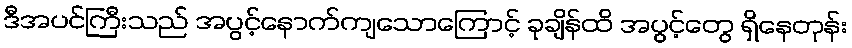
ဒီအပင်ကြီးသည် အပွင့်နောက်ကျသောကြောင့် ခုချိန်ထိ အပွင့်တွေ ရှိနေတုန်း